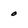
Character: o